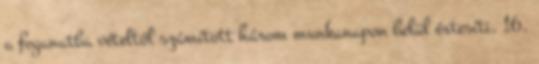
a foganatba vételtől számított három munkanapon belül értesíti. 16.